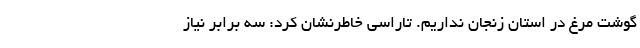
گوشت مرغ در استان زنجان نداریم. تاراسی خاطرنشان کرد: سه برابر نیاز